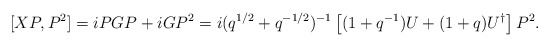
\begin{align*}[XP,P^2]=iPGP+iGP^2=i(q^{1/2}+q^{-1/2})^{-1}\left[(1+q^{-1})U+(1+q)U^{\dagger}\right]P^2.\end{align*}